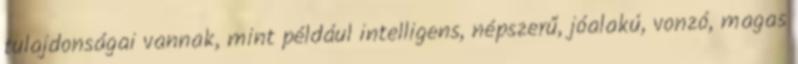
tulajdonságai vannak, mint például intelligens, népszerű, jóalakú, vonzó, magas